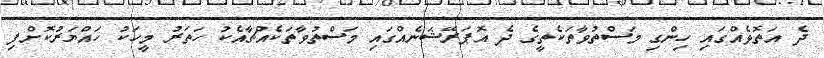
ދެ އަތޮޅެއްގައި ހިންގި މަސްތުވާތަކެތީގެ ދެ އޮޕަރޭޝަނެއްގައި މަސްތުވާތަކެއްޗާއެކު ހަތަރު މީހަކު ހައްޔަރުކޮށްފި